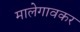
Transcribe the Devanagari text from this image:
मालेगावकर